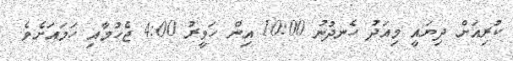
ކުރިއަށް ދިޔައީ މިއަދު ހެނދުނު 10:00 އިން ހަވީރު 4:00 ޖެހުމާއި ހަމައަށެެވެ.